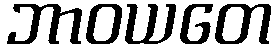
ဘာဝယတေ